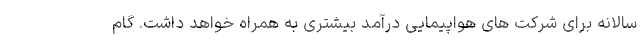
سالانه برای شرکت های هواپیمایی درآمد بیشتری به همراه خواهد داشت. گام